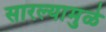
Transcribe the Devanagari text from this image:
सारल्यामुळे